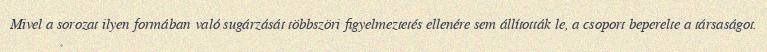
Mivel a sorozat ilyen formában való sugárzását többszöri figyelmeztetés ellenére sem állították le, a csoport beperelte a társaságot.